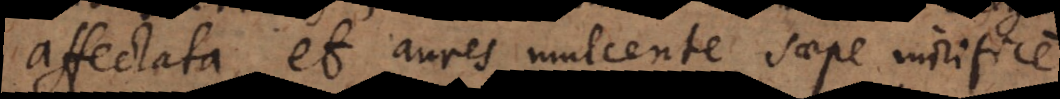
affectata, et aures mulcente saepe mirifice